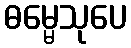
ဓမ္မေသုပေ